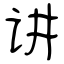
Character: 讲